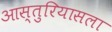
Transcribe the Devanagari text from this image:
आस्तुरियासला